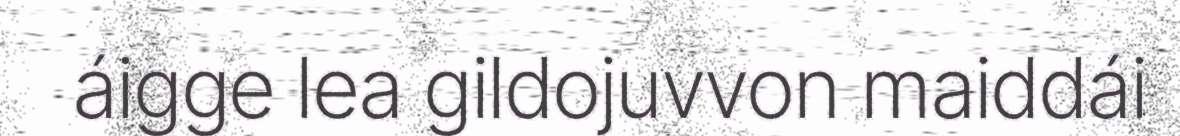
áigge lea gildojuvvon maiddái